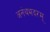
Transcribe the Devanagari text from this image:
अनंथभदरम्